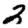
Digit: 2